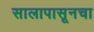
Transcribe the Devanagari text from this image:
सालापासूनचा